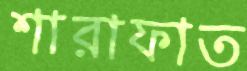
শারাফাত